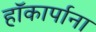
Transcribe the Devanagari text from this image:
हॉकार्पाना